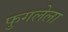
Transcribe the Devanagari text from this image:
फुगलेला